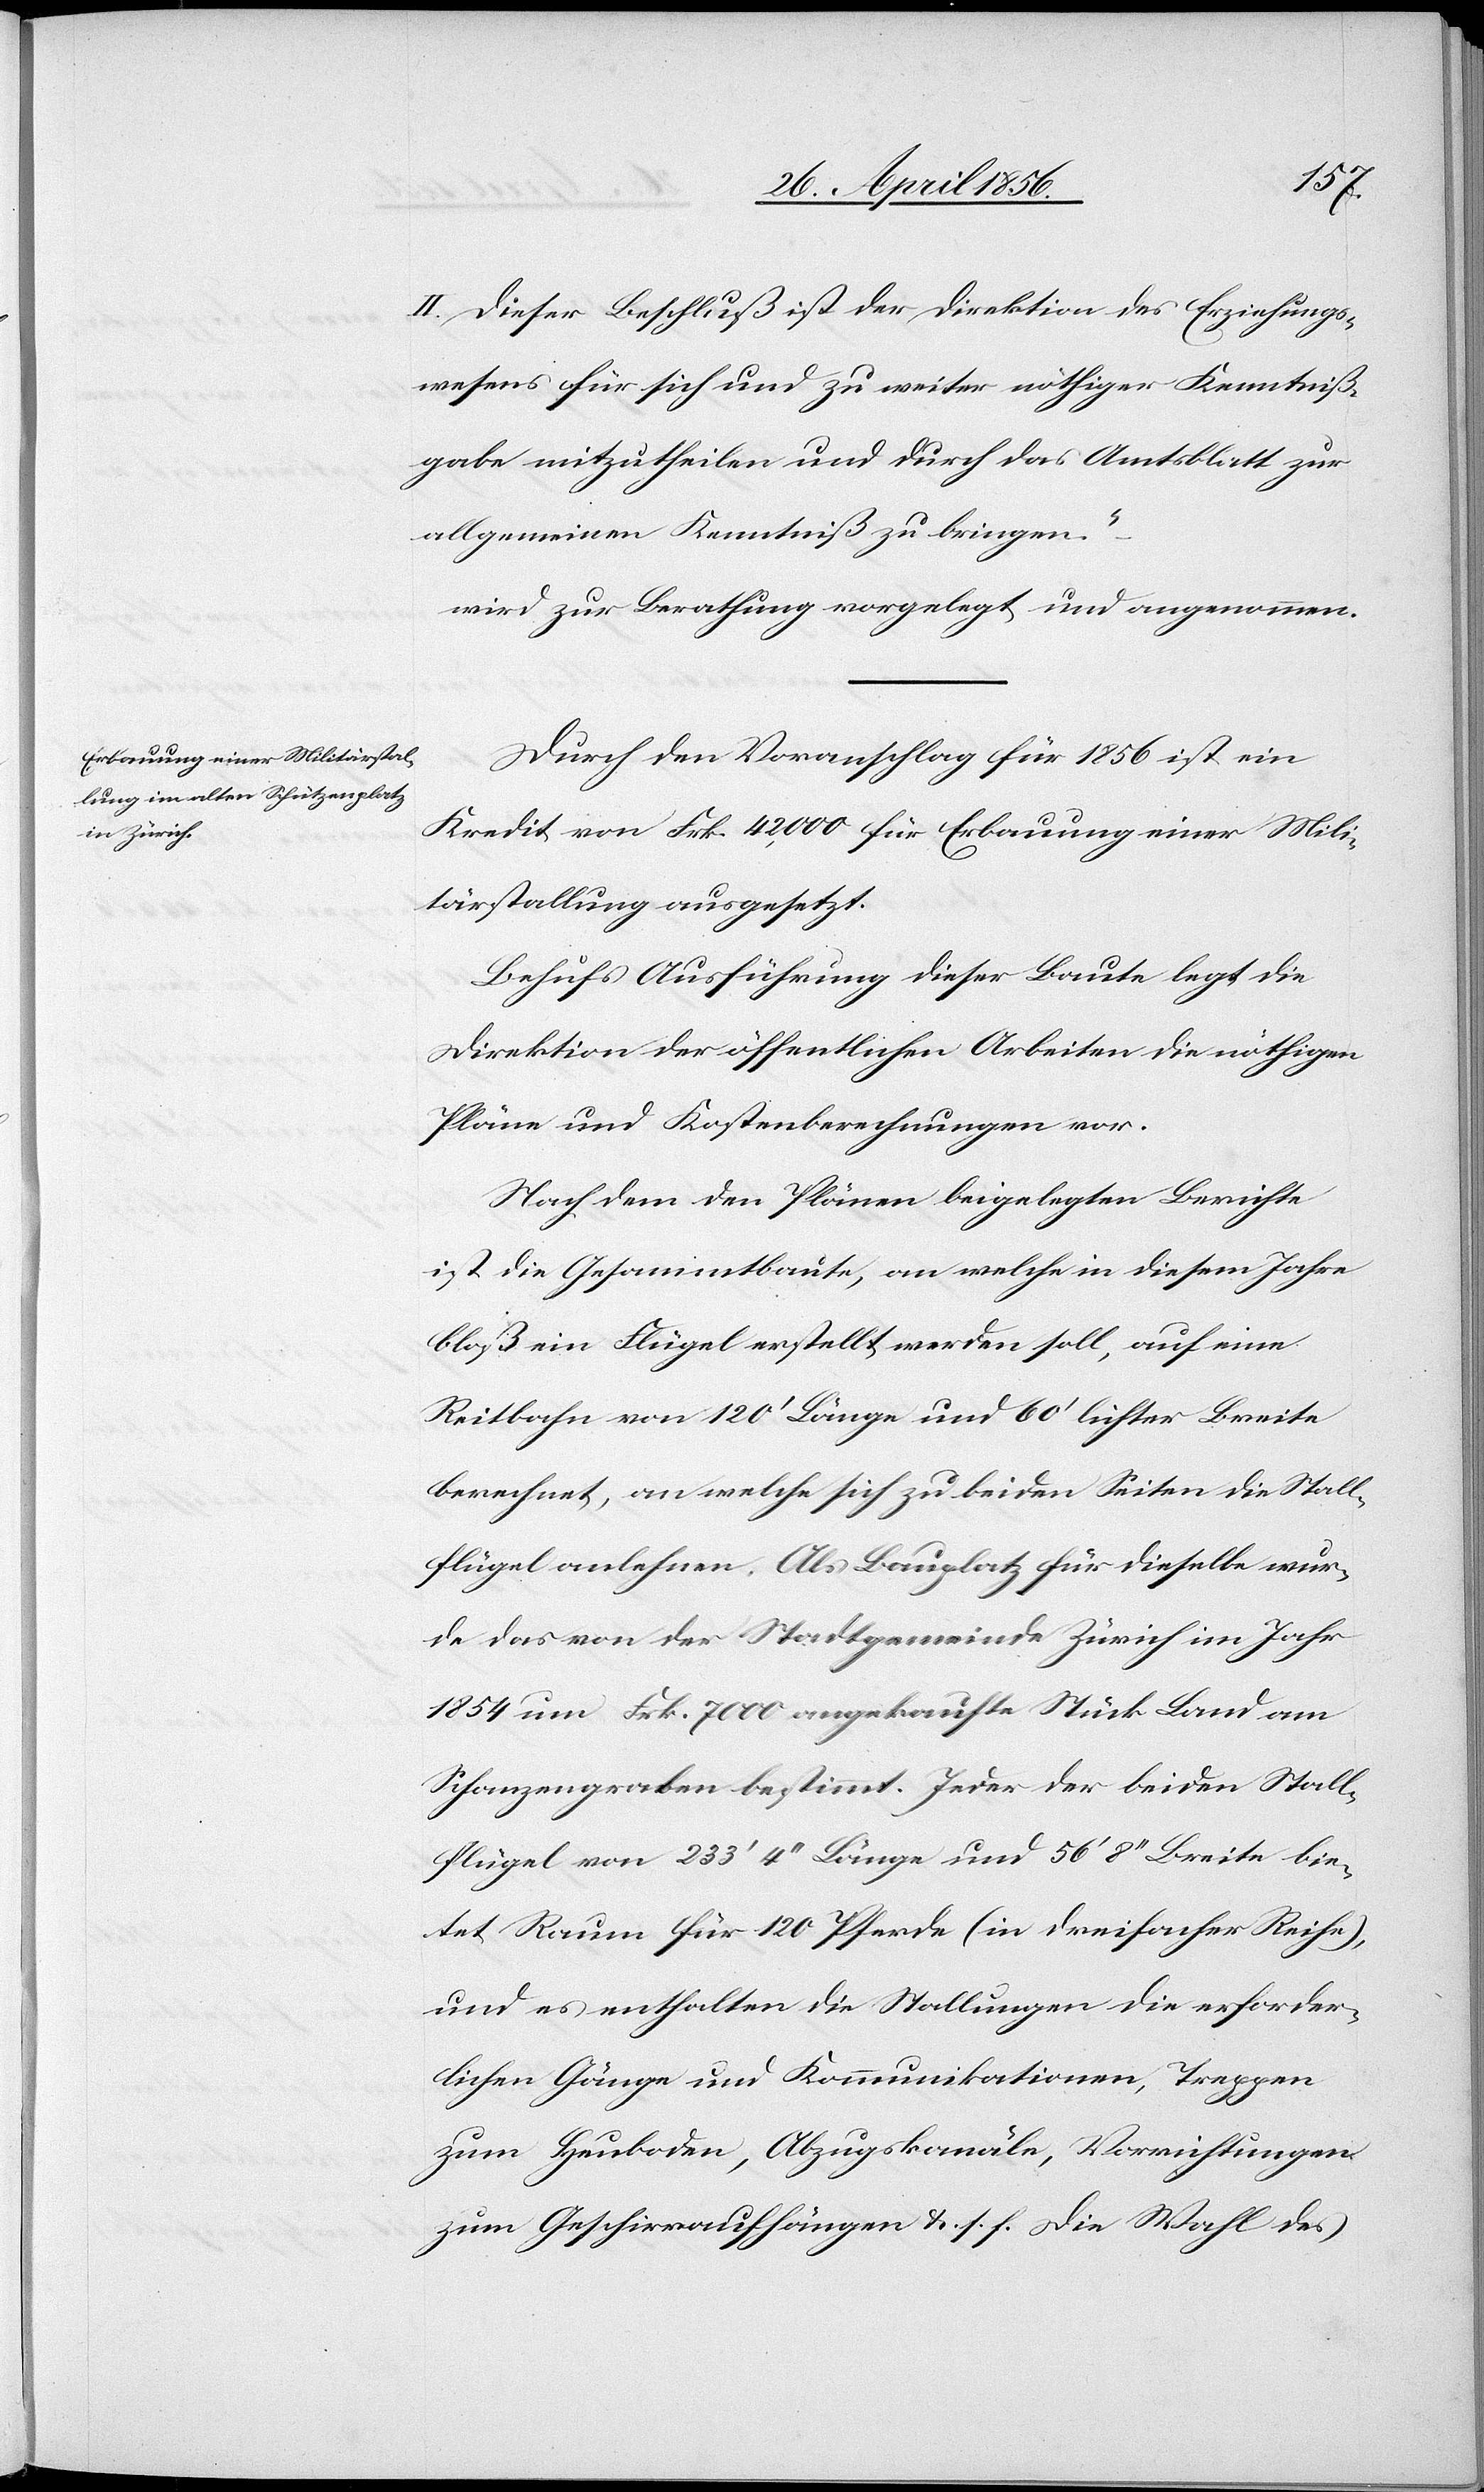
II. Dieser Beschluß ist der Direktion des Erziehungs¬
wesens für sich und zu weiter nöthiger Kenntniß¬
gabe mitzutheilen und durch das Amtsblatt zur
allgemeinen Kenntniß zu bringen.“
wird zur Berathung vorgelegt und angenommen.
Durch den Voranschlag für 1856 ist ein
Kredit von Frk. 42,000 für Erbauung einer Mili¬
tärstallung ausgesetzt.
Behufs Ausführung dieser Baute legt die
Direktion der öffentlichen Arbeiten die nöthigen
Pläne und Kostenberechnungen vor.
Nach dem den Plänen beigelegten Berichte
ist die Gesammtbaute, an welche in diesem Jahre
bloß ein Flügel erstellt werden soll, auf eine
Reitbahn von 120’ Länge und 60’ lichter Breite
berechnet, an welche sich zu beiden Seiten die Stall¬
flügel anlehnen. Als Bauplatz für dieselbe wur¬
de das von der Stadtgemeinde Zürich im Jahr
1854 um Frk. 7000 angekaufte Stück Land am
Schanzengraben bestimmt. Jeder der beiden Stall¬
flügel von 233’ 4’’ Länge und 56’ 8’’ Breite bie¬
tet Raum für 120 Pferde (in dreifacher Reihe),
und es enthalten die Stallungen die erforder¬
lichen Gänge und Kommunikationen, Treppen
zum Heuboden, Abzugskanäle, Vorrichtungen
zum Geschirraufhängen &. s. f. Die Wahl des